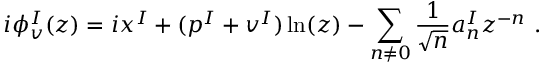
i \phi _ { v } ^ { I } ( z ) = i x ^ { I } + ( p ^ { I } + v ^ { I } ) \ln ( z ) - \sum _ { n \not = 0 } { \frac { 1 } { \sqrt { n } } } a _ { n } ^ { I } z ^ { - n } ~ .